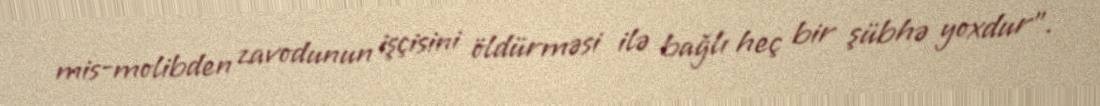
mis-molibden zavodunun işçisini öldürməsi ilə bağlı heç bir şübhə yoxdur”.